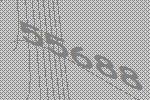
55688